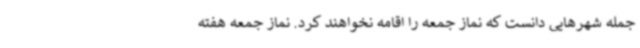
جمله شهرهایی دانست که نماز جمعه را اقامه نخواهند کرد. نماز جمعه هفته